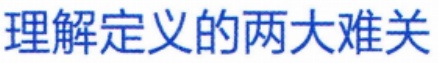
理解定义的两大难关